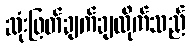
ဆုံးဖြတ်ချက်ချလိုက်သည်